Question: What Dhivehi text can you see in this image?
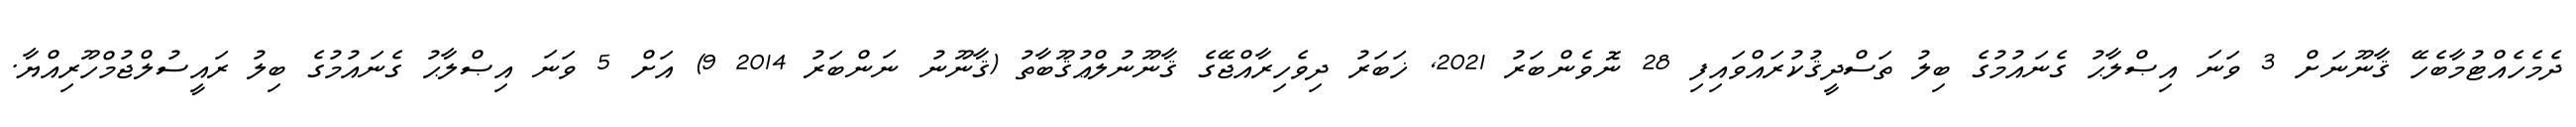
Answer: ދެމެހެއްޓުމާބެހޭ ޤާނޫނަށް 3 ވަނަ އިޞްލާޙު ގެނައުމުގެ ބިލު ތަސްދީޤުކުރައްވައިފި 28 ނޮވެންބަރު 2021, ޚަބަރު ދިވެހިރާއްޖޭގެ ޤާނޫނުލްޢުޤޫބާތު (ޤާނޫނު ނަންބަރު 2014 9) އަށް 5 ވަނަ އިޞްލާޙު ގެނައުމުގެ ބިލު ރައީސުލްޖުމްހޫރިއްޔާ.